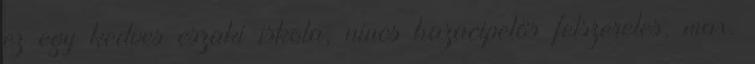
ez egy kedves eszaki iskola, nincs hazacipelös felszereles, max.